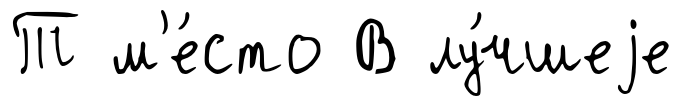
Т м'е́сто В лу́чшеjе